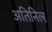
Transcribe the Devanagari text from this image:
अतिनिल